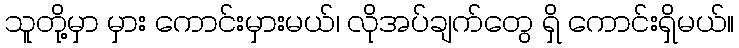
သူတို့မှာ မှား ကောင်းမှားမယ်၊ လိုအပ်ချက်တွေ ရှိ ကောင်းရှိမယ်။